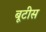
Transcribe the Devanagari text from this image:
बूटीस